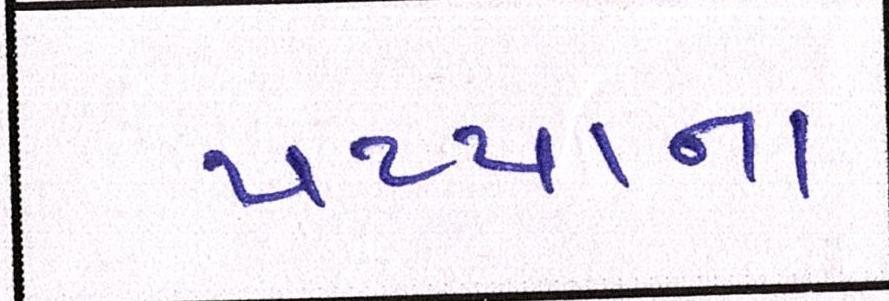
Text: પપ્પાના